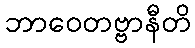
ဘာဝေတဗ္ဗာနီတိ